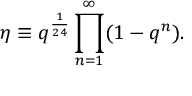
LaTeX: \eta \equiv q ^ { \frac 1 { 2 4 } } \prod _ { n = 1 } ^ { \infty } ( 1 - q ^ { n } ) .